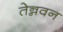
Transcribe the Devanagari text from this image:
तेन्नवन